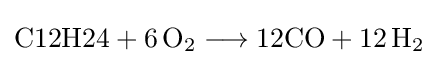
{{\text{C12H24}}{}+{}6\,\mathrm {O} {\vphantom {A}}_{\smash[{t}]{2}}{}\mathrel {\longrightarrow } {}{\text{12CO}}{}+{}12\,\mathrm {H} {\vphantom {A}}_{\smash[{t}]{2}}}